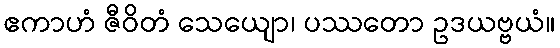
ဧကာဟံ ဇီဝိတံ သေယျော၊ ပဿတော ဥဒယဗ္ဗယံ။